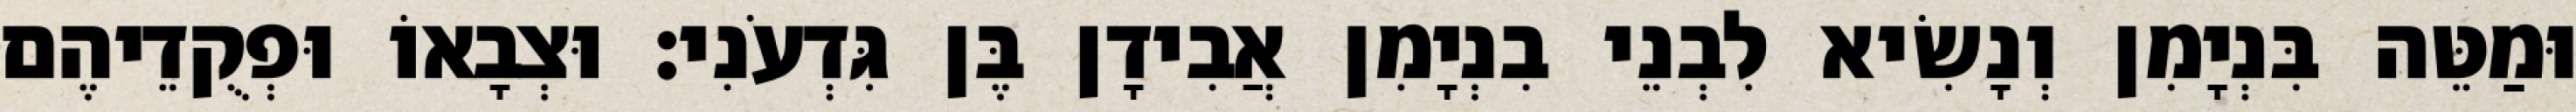
וּמַטֵּה בִּנְיָמִן וְנָשִׂיא לִבְנֵי בִנְיָמִן אֲבִידָן בֶּן גִּדְעֹנִי׃ וּצְבָאוֹ וּפְקֻדֵיהֶם